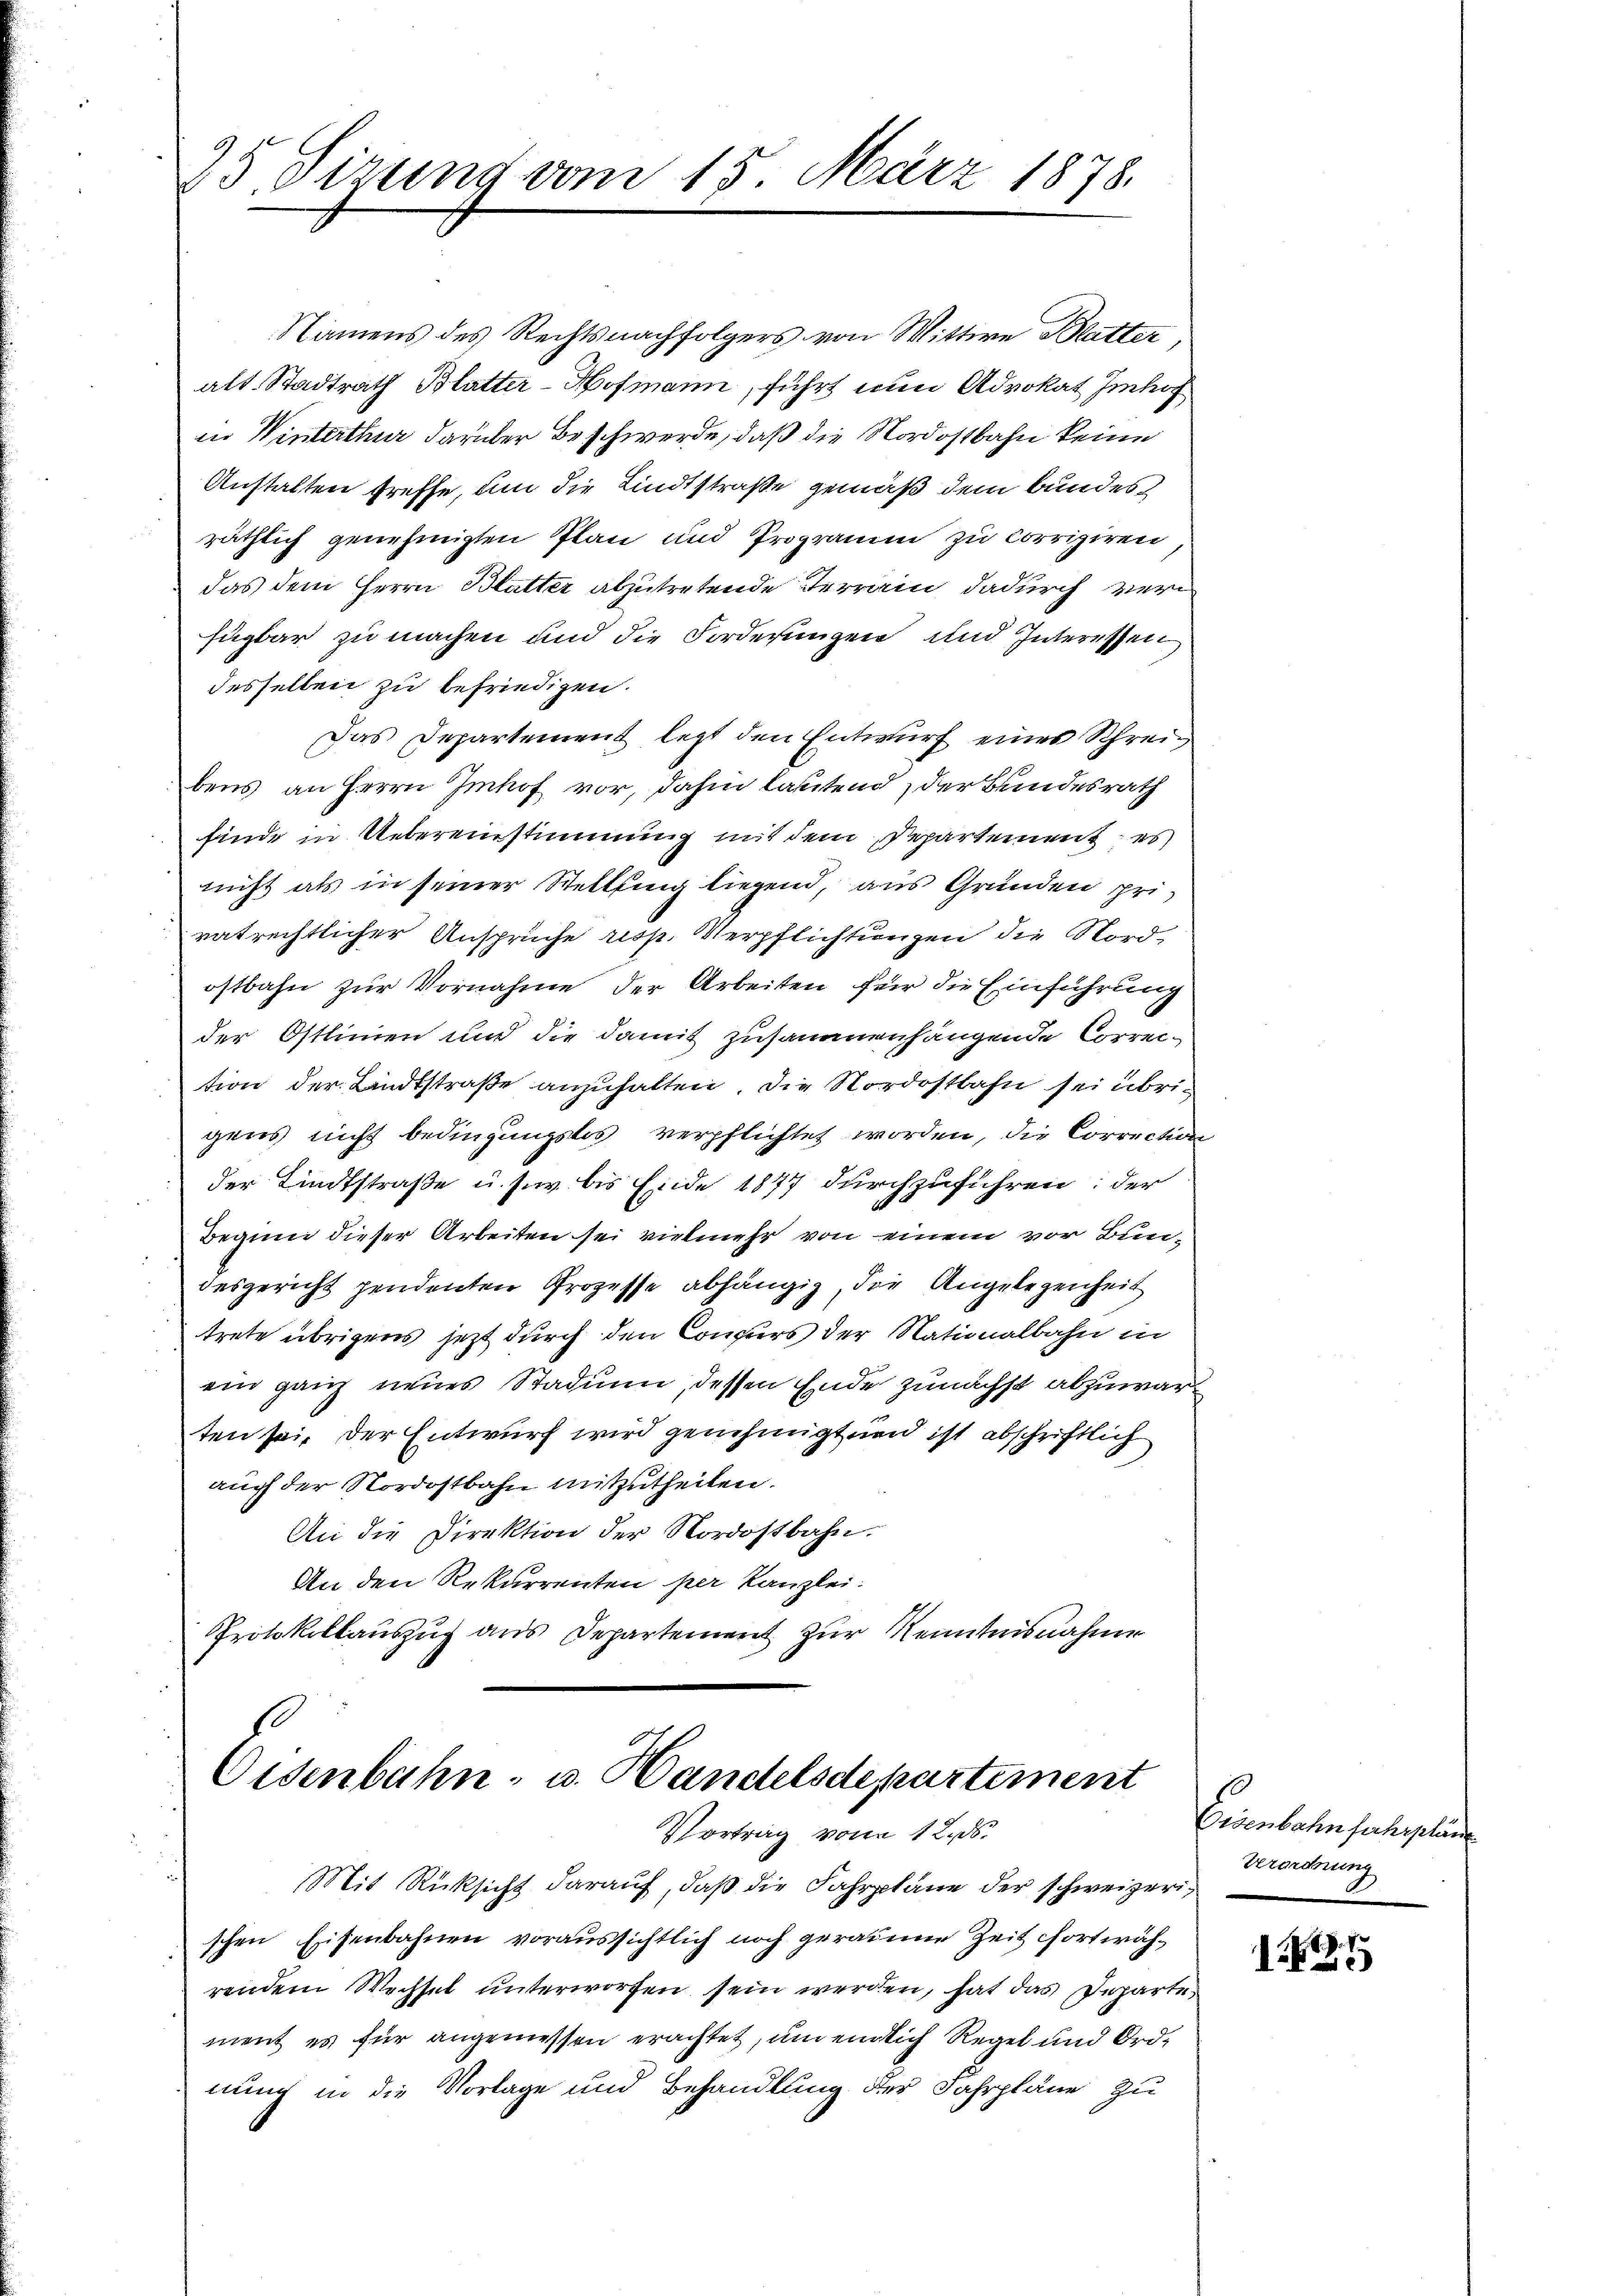
25. Sizung vom 15. März 1878.

Namens des Rechtsnachfolgers von Wittwe Blatter
alt. Stadtrath Blatter-Hofmann, führt nun Advokat Imhof
in Winterthur darüber Beschwerde, daß die Nordostbahn keine
Anstalten treffe, um die Lindtstraße gemäß dem Bundes
räthlich genehmigten Plan und Programm zu corrigiren
das dem Herrn Blutter abzutretende Terrain dadurch verfügbar zu machen und die Forderungen und Interessen
desselben zu befriedigen.
Das Departement legt den Entwurf eines Schreibens an Herrn Imhof vor, dahin lautend der Bundesrath
finde in Uebereinstimmung mit dem Departement, es
nicht als in seiner Stellung liegend, aus Gründen priratrechtlicher Ansprüche resp. Verpflichtungen die Nordostbahn zur Vornahme der Arbeiten für die Einführung
der Ostlinien und die damit zusammenhängende Correi-
tion der Lindtstraße anzuhalten, die Nordostbahn sei übrigens nicht bedingungslos verpflichtet worden, die Correction
der Lindtstraße u. s. w. bis Ende 1877 durchzuführen: der
Beginn dieser Arbeiten sei vielmehr von einem vor Bundesgericht pendenten Prozesse abhängig, die Angelegenheit
trete übrigens jetzt durch den Concurs der Nationalbahn in
ein ganz neues Stadin, dessen Ende zunächst abzuwarten sei, der Entwurf wird genehmigten ist abschriftlich
auch der Nordostbahn mitzutheilen.
An die Direktion der Nordostbahn.
An den Rekurrenten per Kanzlei.
Protokollauszug aus Departement zur Kenntnisnahme

Ordenbahn- u. Handelsdepartement
Vortrag von 12. ds.

Mit Rücksicht darauf, daß die Fahrplane der schweizerischen Eisenbahnen voraussichtlich noch geraume Zeit fortwährendem Wechsel unterworfen sein werden, hat das Departe
ment es für angemessen erachtet, um einlich Regel und Ordnung in die Vorlage und Behandlung der Fahrpläne zu

Eisenbahn fahrpläne
Verordnung

1